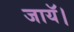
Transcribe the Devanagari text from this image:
जायॅ।